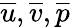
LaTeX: \overline{{{u}}},\overline{{{v}}},\overline{{{p}}}